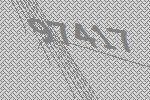
97417